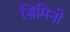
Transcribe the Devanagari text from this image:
सिमिनो